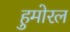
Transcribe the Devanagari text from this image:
हुमोरल